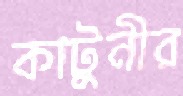
কাটুনীর